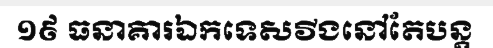
១៩ ធនាគារឯកទេសវីងនៅតែបន្ត